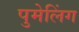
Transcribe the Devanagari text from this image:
पुमेलिंग